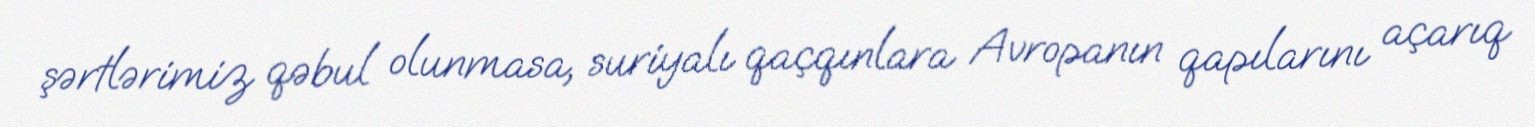
şərtlərimiz qəbul olunmasa, suriyalı qaçqınlara Avropanın qapılarını açarıq